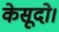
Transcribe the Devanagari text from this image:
केसूदो।